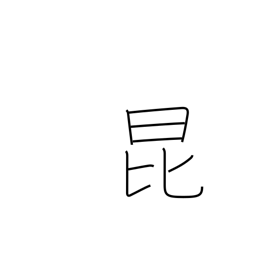
Meaning: insect